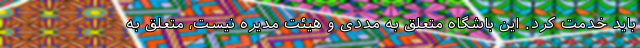
باید خدمت کرد. این باشگاه متعلق به مددی و هیئت مدیره نیست، متعلق به